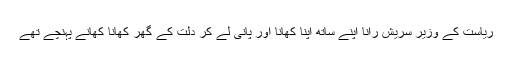
ریاست کے وزیر سریش رانا اپنے ساتھ اپنا کھانا اور پانی لے کر دلت کے گھر کھانا کھانے پہنچے تھے